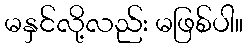
မနှင်လို့လည်း မဖြစ်ပါ။